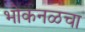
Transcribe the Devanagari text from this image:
भोकनळचा